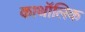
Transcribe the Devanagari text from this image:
काथॉलिक